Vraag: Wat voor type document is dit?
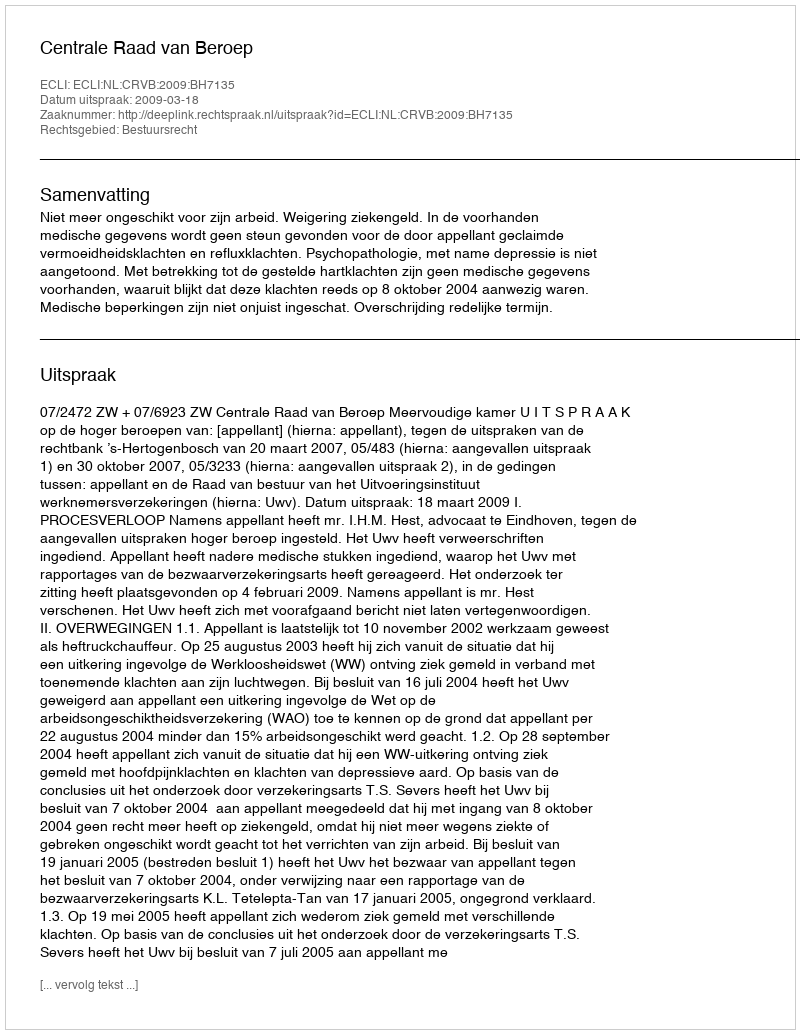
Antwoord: Uitspraak